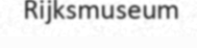
Rijksmuseum